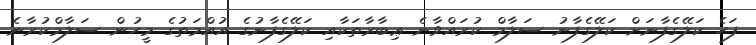
ފަހެ ކަލޭގެފާނަށް ކަލޭގެފާނު ސަލާމް ކުރައްވާނެ ޢިބާރާތަކާއި ކަލޭގެފާނުގެ އުއްމަތުގެ މީހުން ސަލާމްކުރާނެ